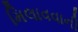
મિલાવવાની